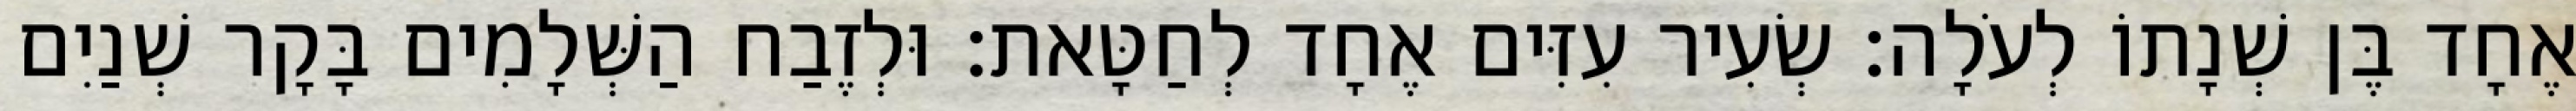
אֶחָד בֶּן שְׁנָתוֹ לְעֹלָה׃ שְׂעִיר עִזִּים אֶחָד לְחַטָּאת׃ וּלְזֶבַח הַשְּׁלָמִים בָּקָר שְׁנַיִם